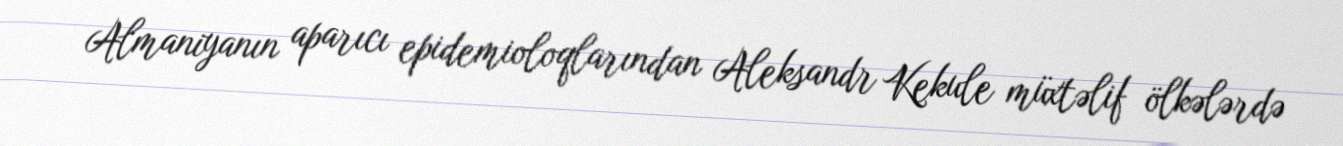
Almaniyanın aparıcı epidemioloqlarından Aleksandr Kekule müxtəlif ölkələrdə